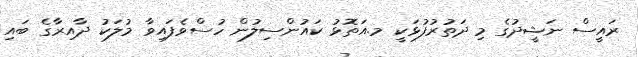
ރައީސް ނަޝީދުގެ މި ދަތުރުފުޅަކީ މ.އަތޮޅު ކައުންސިލުން ހުސްވެފައިވާ މުލަކު ދާއިރާގެ ބައި